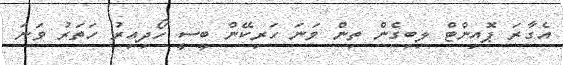
އެގާރަ ޕޮއިންޓް ލިބިގެން ތިން ވަނަ ހަރިކޭން ބީސީ ހޯދިއިރު ހަތަރު ވަނަ